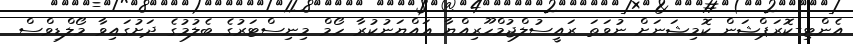
އެންޓި-ކޮރަޕްޝަން ކޮމިޝަނަށް ނުވަތަ ރައީސުލްޖުމްހޫރިއްޔާ ޢައްޔަނުކުރާ ހޯމް މިނިސްޓަރުގެ ބެލުމުގެ ދަށުގައިވާ މޯލްޑިވްސް